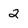
Character: 2